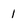
Character: l